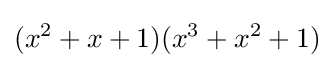
(x^{2}+x+1)(x^{3}+x^{2}+1)